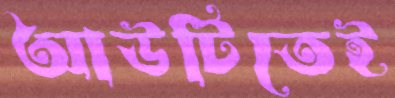
আউটিতেই